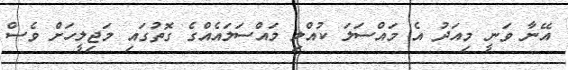
އޭނާ ވަނީ މިއަދު އެ މައްސަލަ ކުއްލި މައްސަލައެއްގެ ގޮތުގައި މަޖިލީހަށް ވެސް